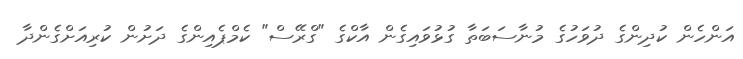
އަންހެން ކުދިންގެ ދުވަހުގެ މުނާސަބަތާ ގުޅުވައިގެން އާކްގެ "ގްރޭސް" ކެމްޕެއިންގެ ދަށުން ކުރިއަށްގެންދާ